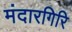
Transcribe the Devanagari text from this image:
मंदारगिरि